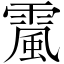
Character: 𩄏